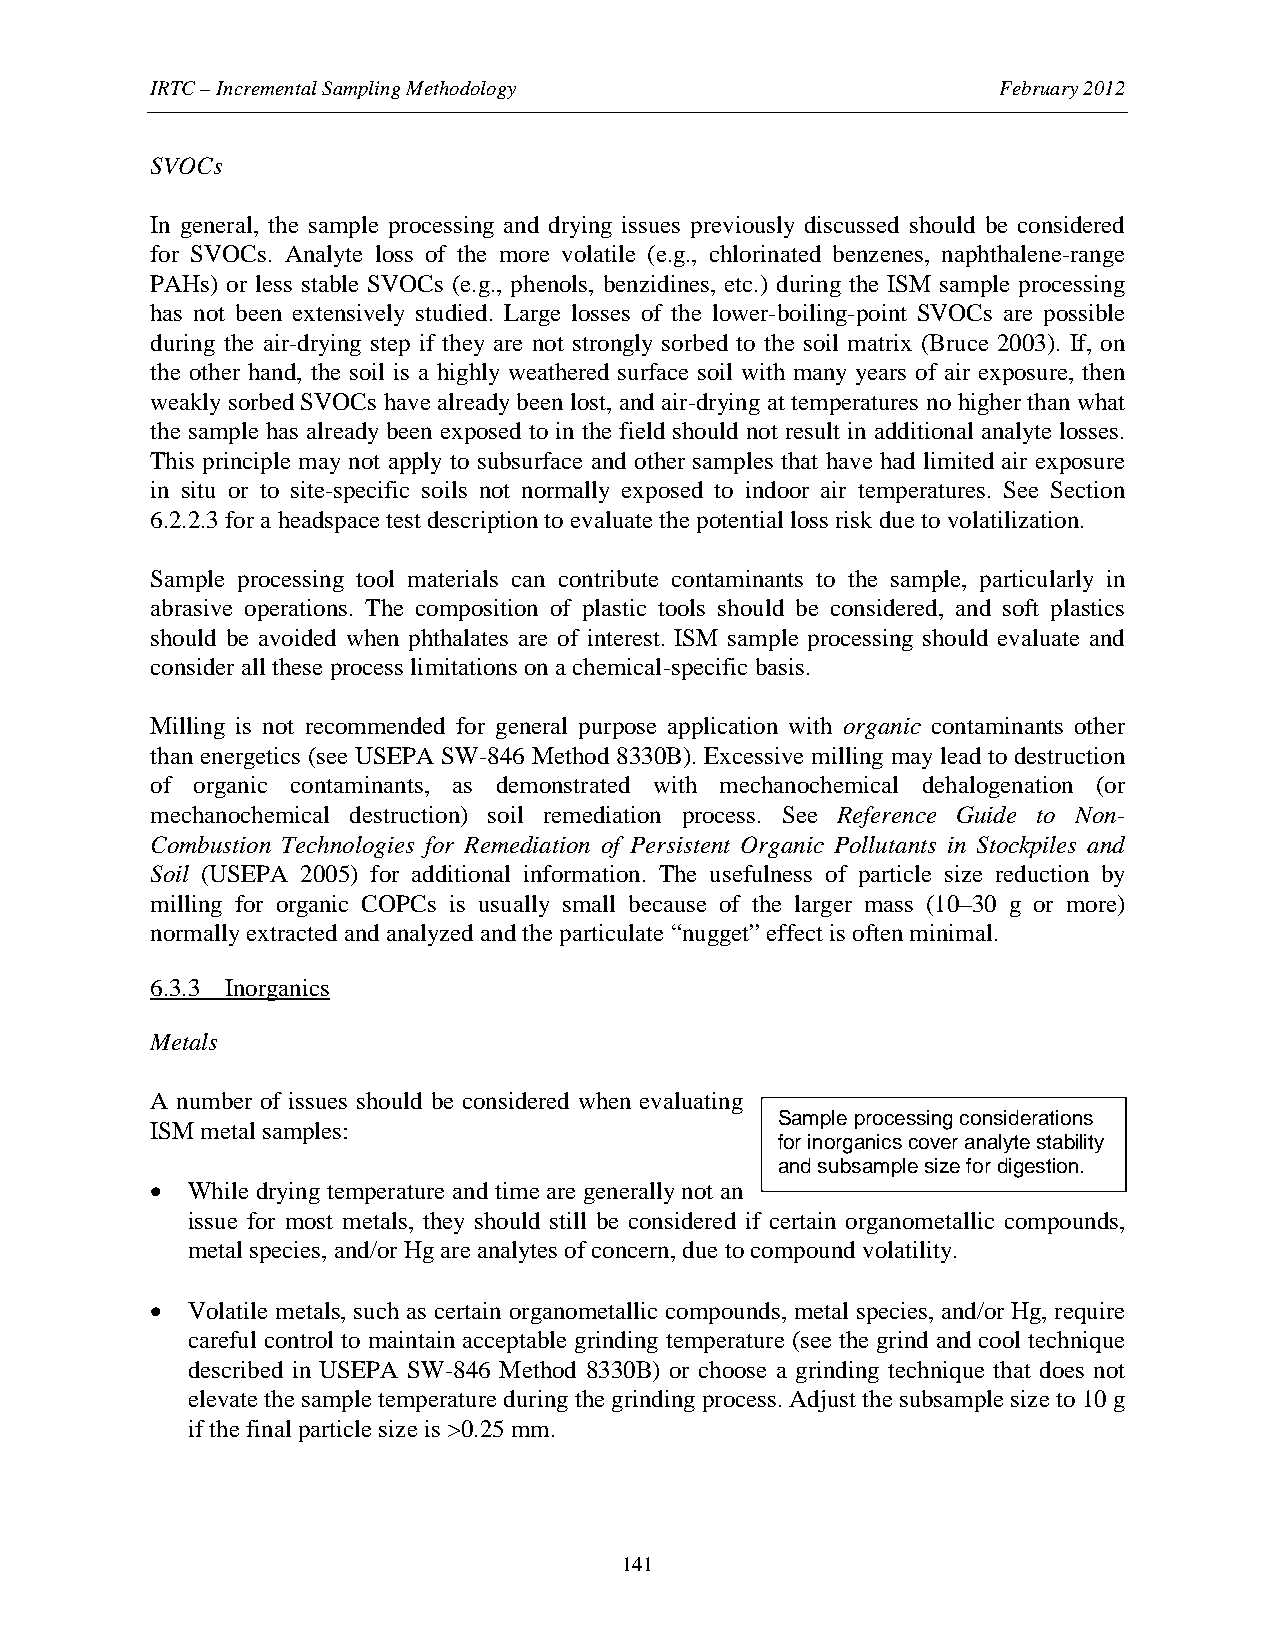
IRTC – Incremental Sampling Methodology                 February 2012
 SVOCs
 In general, the sample processing and drying issues previously discussed should be considered
 for SVOCs. Analyte loss of the more volatile (e.g., chlorinated benzenes, naphthalene-range
 PAHs) or less stable SVOCs (e.g., phenols, benzidines, etc.) during the ISM sample processing
 has not been extensively studied. Large losses of the lower-boiling-point SVOCs are possible
 during the air-drying step if they are not strongly sorbed to the soil matrix (Bruce 2003). If, on
 the other hand, the soil is a highly weathered surface soil with many years of air exposure, then
 weakly sorbed SVOCs have already been lost, and air-drying at temperatures no higher than what
 the sample has already been exposed to in the field should not result in additional analyte losses.
 This principle may not apply to subsurface and other samples that have had limited air exposure
 in situ or to site-specific soils not normally exposed to indoor air temperatures. See Section
 6.2.2.3 for a headspace test description to evaluate the potential loss risk due to volatilization.
 Sample processing tool materials can contribute contaminants to the sample, particularly in
 abrasive operations. The composition of plastic tools should be considered, and soft plastics
 should be avoided when phthalates are of interest. ISM sample processing should evaluate and
 consider all these process limitations on a chemical-specific basis.
 Milling is not recommended for general purpose application with organic contaminants other
 than energetics (see USEPA SW-846 Method 8330B). Excessive milling may lead to destruction
 of organic contaminants, as demonstrated with mechanochemical dehalogenation (or
 mechanochemical destruction) soil remediation process. See Reference Guide to Non-
 Combustion Technologies for Remediation of Persistent Organic Pollutants in Stockpiles and
 Soil (USEPA 2005) for additional information. The usefulness of particle size reduction by
 milling for organic COPCs is usually small because of the larger mass (10–30 g or more)
 normally extracted and analyzed and the particulate “nugget” effect is often minimal.
 6.3.3 Inorganics
 Metals
 A number of issues should be considered when evaluating
 Sample processing considerations
 ISM metal samples:
 for inorganics cover analyte stability
 and subsample size for digestion.
 • While drying temperature and time are generally not an
 issue for most metals, they should still be considered if certain organometallic compounds,
 metal species, and/or Hg are analytes of concern, due to compound volatility.
 • Volatile metals, such as certain organometallic compounds, metal species, and/or Hg, require
 careful control to maintain acceptable grinding temperature (see the grind and cool technique
 described in USEPA SW-846 Method 8330B) or choose a grinding technique that does not
 elevate the sample temperature during the grinding process. Adjust the subsample size to 10 g
 if the final particle size is >0.25 mm.
 141